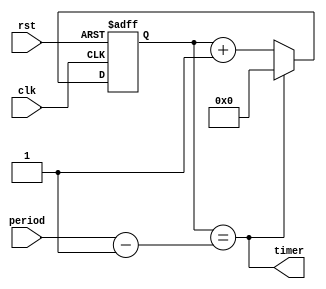
module Periodic_Timer (
    input wire clk,
    input wire rst,
    input wire [31:0] period,
    output reg timer
);

reg [31:0] count;

always @ (posedge clk or posedge rst)
begin
    if (rst)
        count <= 0;
    else if (count == period - 1)
        count <= 0;
    else
        count <= count + 1;
end

assign timer = (count == period - 1);

endmodule